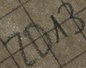
Text: ZD13